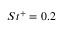
S t ^ { + } = 0 . 2